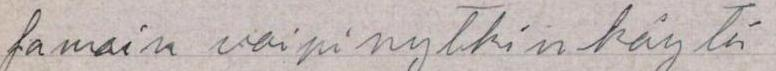
samoin voisi nytkin käytä